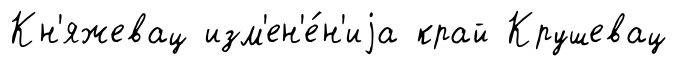
Кн'яжевац изм'ен'е́н'иjа край Крушевац